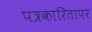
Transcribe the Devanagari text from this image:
पत्रकारितापर